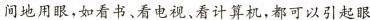
间地用眼，如看书、看电视、看计算机，都可以引起眼